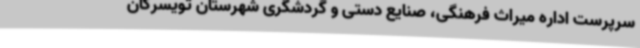
سرپرست اداره میراث فرهنگی، صنایع دستی و گردشگری شهرستان‌ تویسرکان